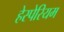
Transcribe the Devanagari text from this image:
हेस्पेरियम